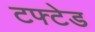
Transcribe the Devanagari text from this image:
टफ्टेड